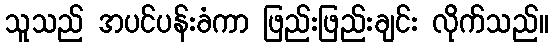
သူသည် အပင်ပန်းခံကာ ဖြည်းဖြည်းချင်း လိုက်သည်။